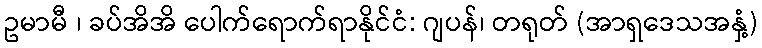
ဥမာမီ ၊ ခပ်အိအိ ပေါက်ရောက်ရာနိုင်ငံ: ဂျပန်၊ တရုတ် (အာရှဒေသအနှံ့)